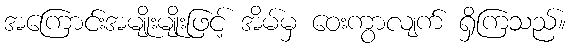
အကြောင်းအမျိုးမျိုးဖြင့် အိမ်မှ ဝေးကွာလျက် ရှိကြသည်။